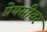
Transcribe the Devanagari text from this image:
प्रेयसीवर